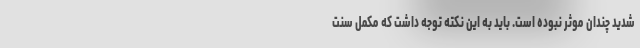
شدید چندان موثر نبوده است. باید به این نکته توجه داشت که مکمل سنت